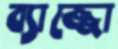
ব্যাজ্জো